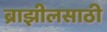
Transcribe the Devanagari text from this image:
ब्राझीलसाठी